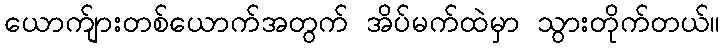
ယောက်ျားတစ်ယောက်အတွက် အိပ်မက်ထဲမှာ သွားတိုက်တယ်။